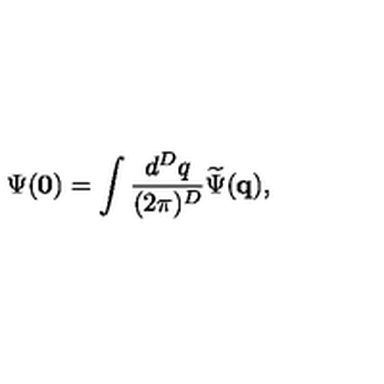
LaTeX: \Psi ( { \bf 0 } ) = \int \frac { d ^ { { D } } q } { ( 2 \pi ) ^ { { D } } } \widetilde { \Psi } ( { \bf q } ) ,